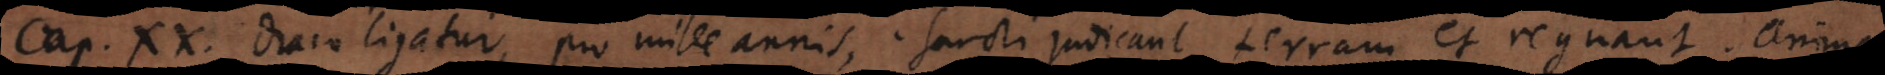
Cap. XX. Draco ligatur, pro mille annis, sancti judicant terram et regnant. Animae